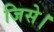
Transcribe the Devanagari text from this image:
जिसे।